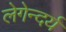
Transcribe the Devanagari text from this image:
लेगेन्दर्य